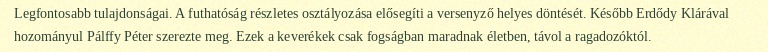
Legfontosabb tulajdonságai. A futhatóság részletes osztályozása elősegíti a versenyző helyes döntését. Később Erdődy Klárával hozományul Pálffy Péter szerezte meg. Ezek a keverékek csak fogságban maradnak életben, távol a ragadozóktól.